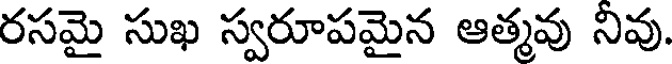
రసమై సుఖ స్వరూపమైన ఆత్మవు నివు.